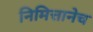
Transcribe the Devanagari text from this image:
निमित्तानेच